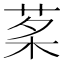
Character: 𦰔